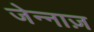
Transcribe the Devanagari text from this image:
जेन्नाज़